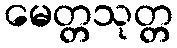
မေတ္တသုတ္တ